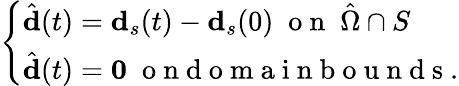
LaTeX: \left\{ \begin{array}{ll}{\hat{\mathbf{d}}(t)=\mathbf{d}_{s}(t)-\mathbf{d}_{s}(0)\; \mathrm{~o~n~}\; \hat{\Omega}\cap S}\\ {\hat{\mathbf{d}}(t)=\mathbf{0}\; \mathrm{~o~n~d~o~m~a~i~n~b~o~u~n~d~s~}.}\end{array}\right.